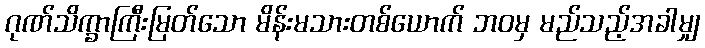
ဂုဏ်သိက္ခာကြီးမြတ်သော မိန်းမသားတစ်ယောက် ဘဝမှ မည်သည့်အခါမျှ